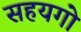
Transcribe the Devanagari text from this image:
सहयगो